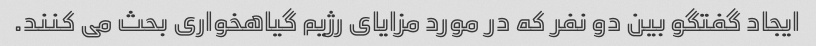
ایجاد گفتگو بین دو نفر که در مورد مزایای رژیم گیاهخواری بحث می کنند.